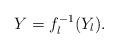
LaTeX: \begin{align*}Y = f_l^{-1}(Y_l).\end{align*}